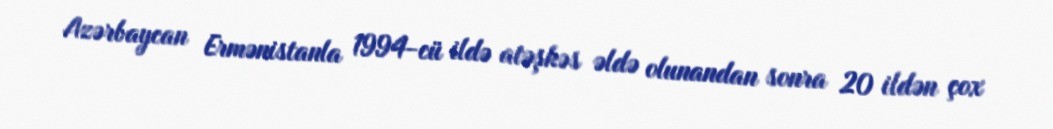
Azərbaycan Ermənistanla 1994-cü ildə atəşkəs əldə olunandan sonra 20 ildən çox